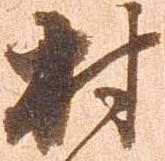
村